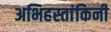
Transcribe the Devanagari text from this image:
अभिहस्तांकिनी